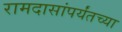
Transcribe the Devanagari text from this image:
रामदासांपर्यंतच्या